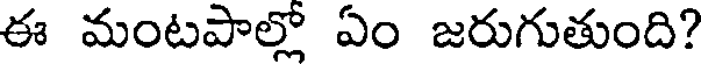
ఈ మంటపాల్లో ఏం జరుగుతుంది?